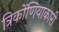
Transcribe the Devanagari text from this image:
त्रिकोंणियाकारी